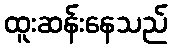
ထူးဆန်းနေသည်